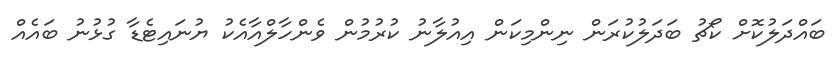
ބައްދަލުކޮށް ކޯޗު ބަދަލުކުރަން ނިންމިކަން އިއުލާނު ކުރުމުން ވެންހާލްއާއެކު ޔުނައިޓެޑާ ގުޅުނު ބައެއް